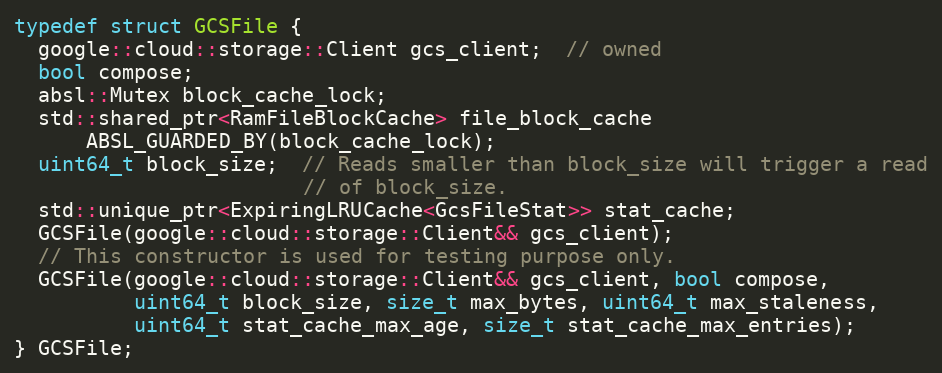
Language: C
typedef struct GCSFile {
  google::cloud::storage::Client gcs_client;  // owned
  bool compose;
  absl::Mutex block_cache_lock;
  std::shared_ptr<RamFileBlockCache> file_block_cache
      ABSL_GUARDED_BY(block_cache_lock);
  uint64_t block_size;  // Reads smaller than block_size will trigger a read
                        // of block_size.
  std::unique_ptr<ExpiringLRUCache<GcsFileStat>> stat_cache;
  GCSFile(google::cloud::storage::Client&& gcs_client);
  // This constructor is used for testing purpose only.
  GCSFile(google::cloud::storage::Client&& gcs_client, bool compose,
          uint64_t block_size, size_t max_bytes, uint64_t max_staleness,
          uint64_t stat_cache_max_age, size_t stat_cache_max_entries);
} GCSFile;